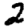
Digit: 2